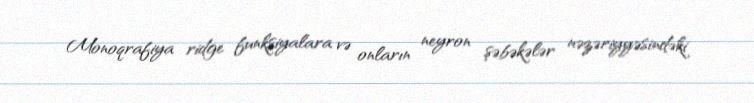
Monoqrafiya ridge funksiyalara və onların neyron şəbəkələr nəzəriyyəsindəki